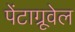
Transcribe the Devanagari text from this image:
पेंटाग्रूवेल